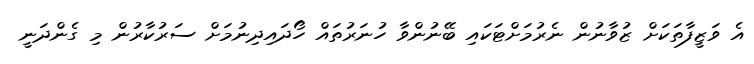
އެ ވަޒީފާތަކަށް ޒުވާނުން ނެރުމަށްޓަކައި ބޭނުންވާ ހުނަރުތައް ހޯދައިދިނުމަށް ސަރުކާރުން މި ގެންދަނީ